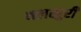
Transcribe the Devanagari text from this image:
थलखुरी